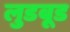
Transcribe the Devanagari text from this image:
लुडबूड